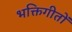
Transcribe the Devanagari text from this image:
भक्तिगीतों